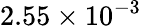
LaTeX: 2.55\times 10^{-3}